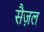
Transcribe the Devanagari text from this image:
सैज़ल